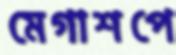
মেগাশপে